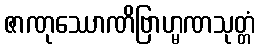
ဇာဏုဿောဏိဗြာဟ္မဏသုတ္တံ